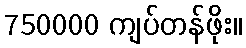
750000 ကျပ်တန်ဖိုး။